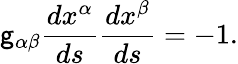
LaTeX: {\mathsf{g}_{\alpha\beta}}{\frac{{dx^{\alpha}}}{{ds}}}{\frac{{dx^{\beta}}}{{ds}}}=-1.